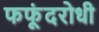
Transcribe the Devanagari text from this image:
फफूंदरोधी